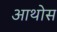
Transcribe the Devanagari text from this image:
आथोस